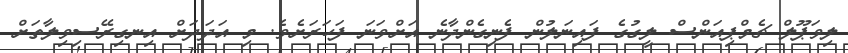
ލިވަޕޫލް ޗެމްޕިއަންސް ލީގުގެ ފައިނަލުން ފެނިގެންދާނެ އަށްވަނަ ފަހަރަށެވެ. މި އަދަދަށް އިނގިރޭސިވިލާތަށް